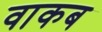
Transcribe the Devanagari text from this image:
वाकब